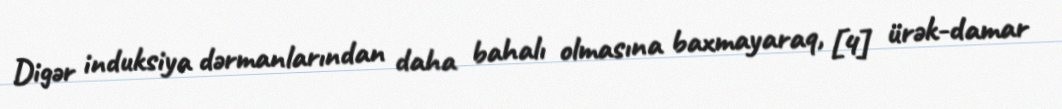
Digər induksiya dərmanlarından daha bahalı olmasına baxmayaraq, [4] ürək-damar